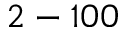
2 - 1 0 0